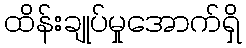
ထိန်းချုပ်မှုအောက်ရှိ